Source: Handwritten
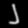
Digit: ၂ (2)